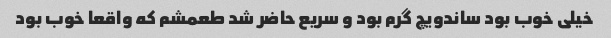
خیلی خوب بود ساندویچ گرم بود و سریع حاضر شد طعمشم که واقعا خوب بود